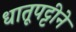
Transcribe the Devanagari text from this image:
धातूपट्टीने